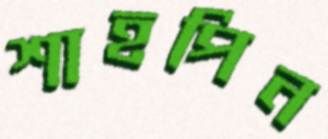
শাহপিন